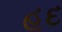
હૂદ